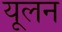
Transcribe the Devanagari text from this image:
यूलन